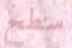
سطح